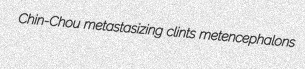
Chin-Chou metastasizing clints metencephalons